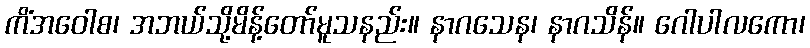
ကိံအဝေါစ၊ အဘယ်သို့မိန့်တော်မူသနည်း။ နာဂသေန၊ နာဂသိန်။ ဂေါပါလကော၊